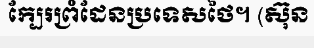
ក្បែរព្រំដែនប្រទេសថៃ។ (ស៊ុន